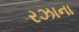
રઝાના